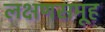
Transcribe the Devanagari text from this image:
लक्षणसमूह